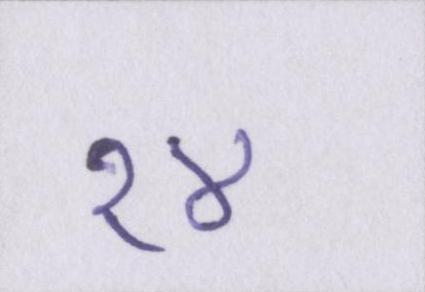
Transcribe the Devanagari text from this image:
१४